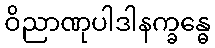
ဝိညာဏုပါဒါနက္ခန္ဓေ